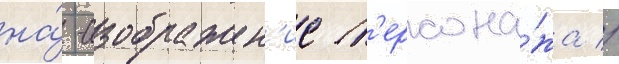
на́ -изображен'ие п'ерсона́жа //